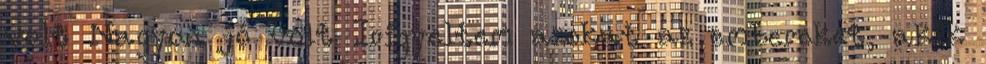
volt Nagyon jó volt Irigyeltem azokat az embereket, akik